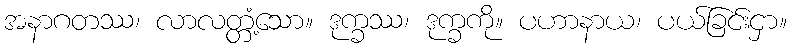
အနာဂတဿ၊ လာလတ္တံ့သော။ ဒုက္ခဿ၊ ဒုက္ခကို။ ပဟာနာယ၊ ပယ်ခြင်းငှာ။